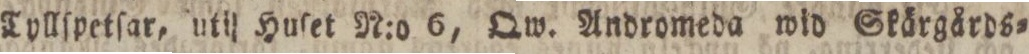
Tyllſpetſar, util Huſet N:o 6, Qw. Andromeda wid Skärgårds=